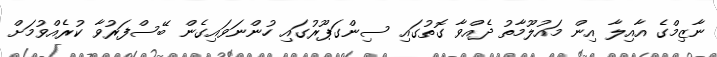
ނާޒިމްގެ އާއިލާ އިން މައުލޫމާތު ދެއްވާ ގޮތުގައި ސިންގަޕޫރުގައި ހުންނަވައިގެން ބޭސްފަރުވާ ކުރެއްވުމަށް